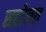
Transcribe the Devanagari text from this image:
सहोलत